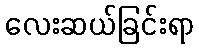
လေးဆယ်ခြင်းရာ